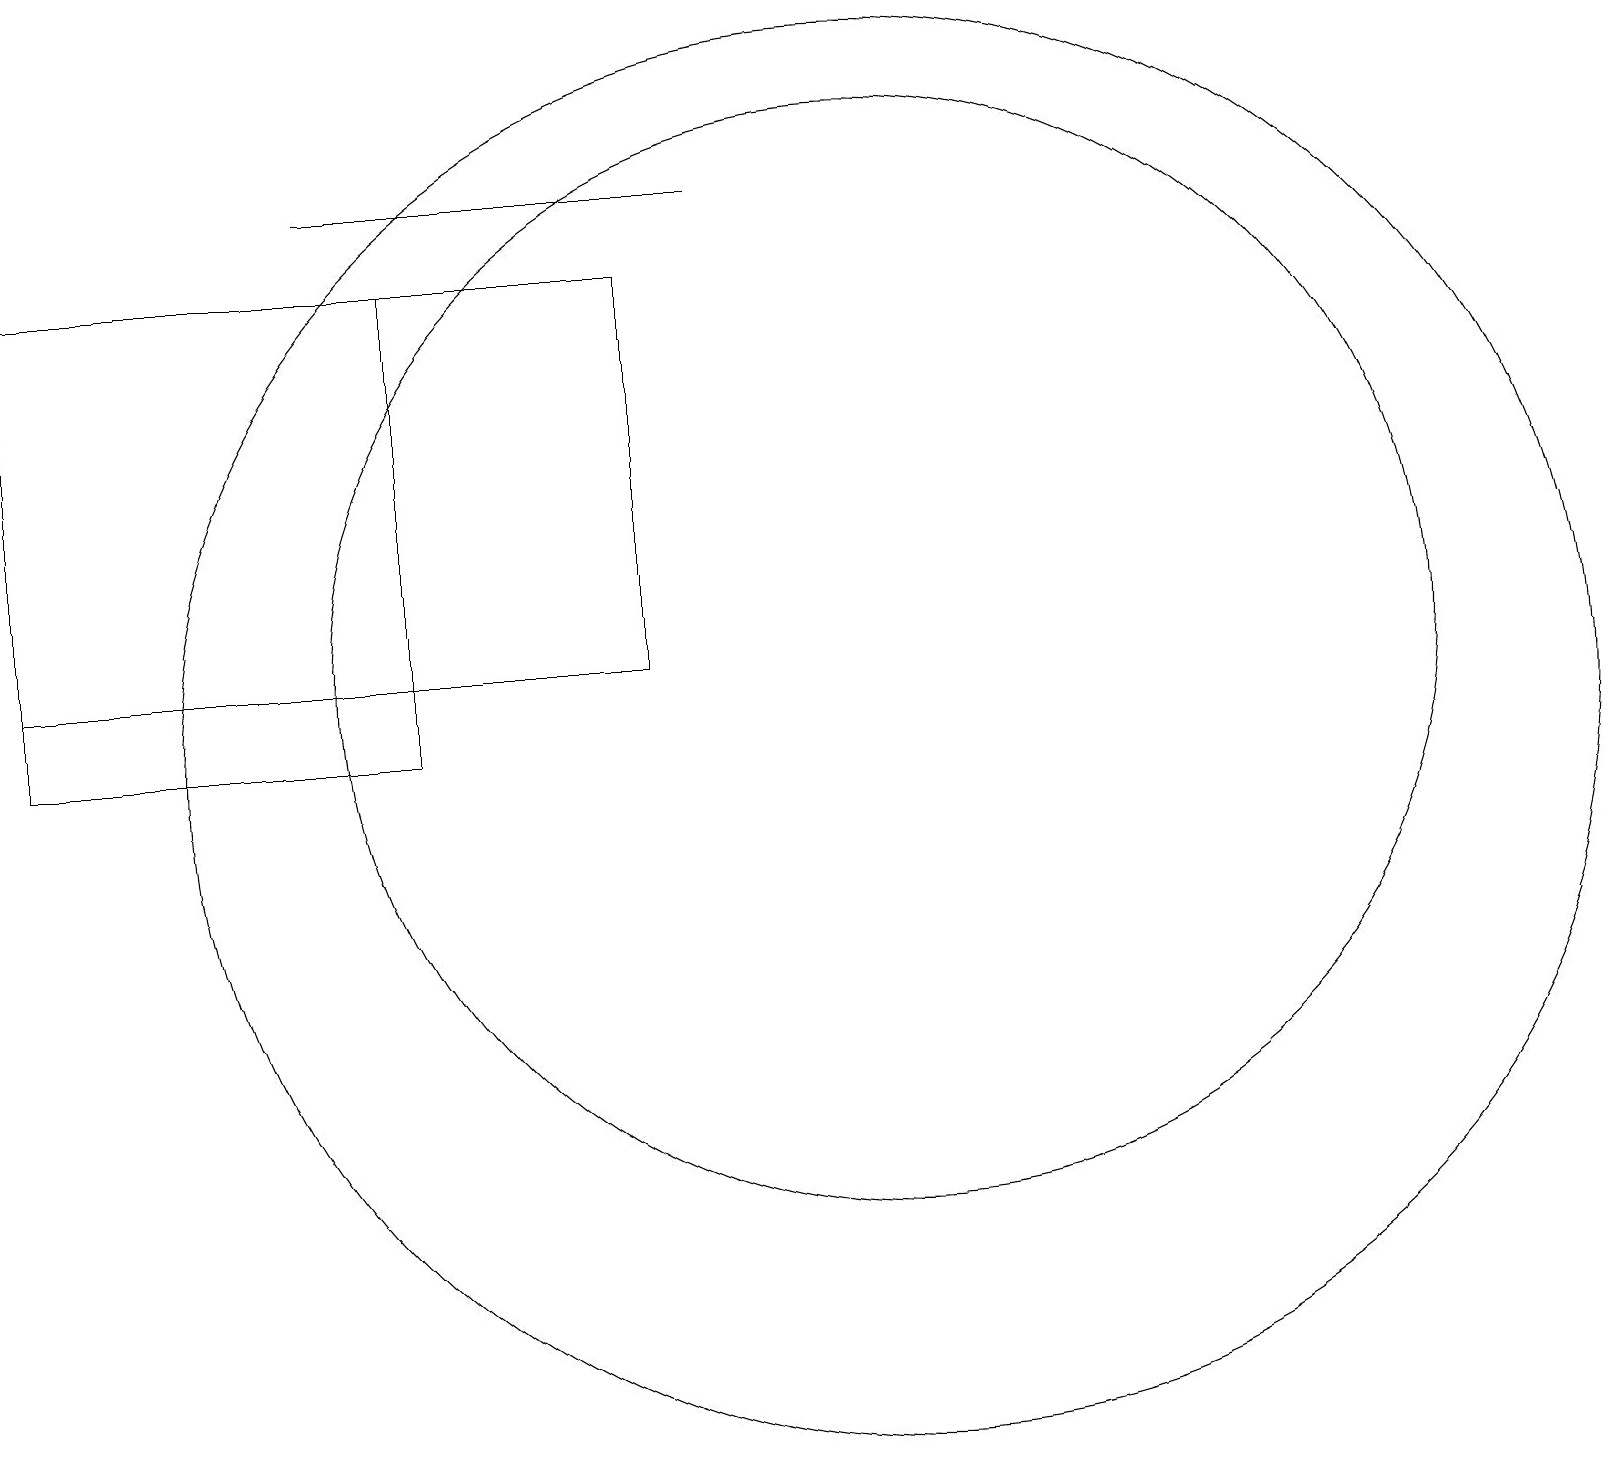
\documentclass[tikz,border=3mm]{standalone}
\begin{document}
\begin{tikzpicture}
\draw (8,17) rectangle (0,12);
\draw (9,18) rectangle (4,18);
\draw (11,12) circle (7);
\draw (11,11) circle (9);
\draw (0,17) rectangle (5,11);
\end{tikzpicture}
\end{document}